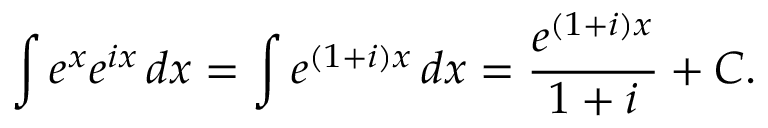
\int e ^ { x } e ^ { i x } \, d x = \int e ^ { ( 1 + i ) x } \, d x = { \frac { e ^ { ( 1 + i ) x } } { 1 + i } } + C .